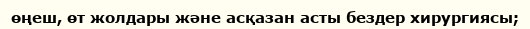
өңеш, өт жолдары және асқазан асты бездер хирургиясы;